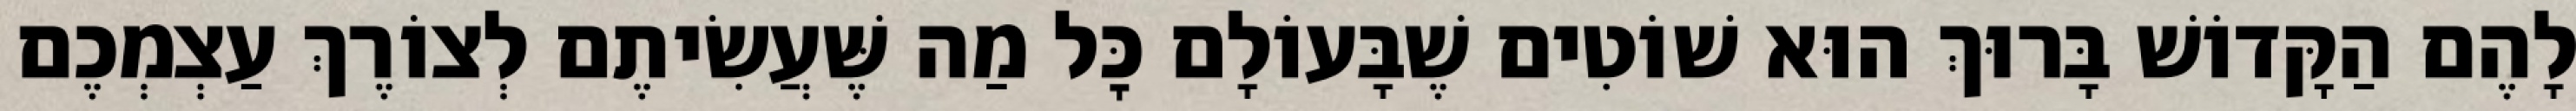
לָהֶם הַקָּדוֹשׁ בָּרוּךְ הוּא שׁוֹטִים שֶׁבָּעוֹלָם כׇּל מַה שֶּׁעֲשִׂיתֶם לְצוֹרֶךְ עַצְמְכֶם